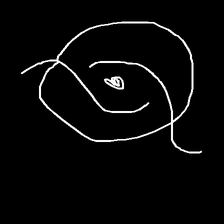
Glyph: repetition